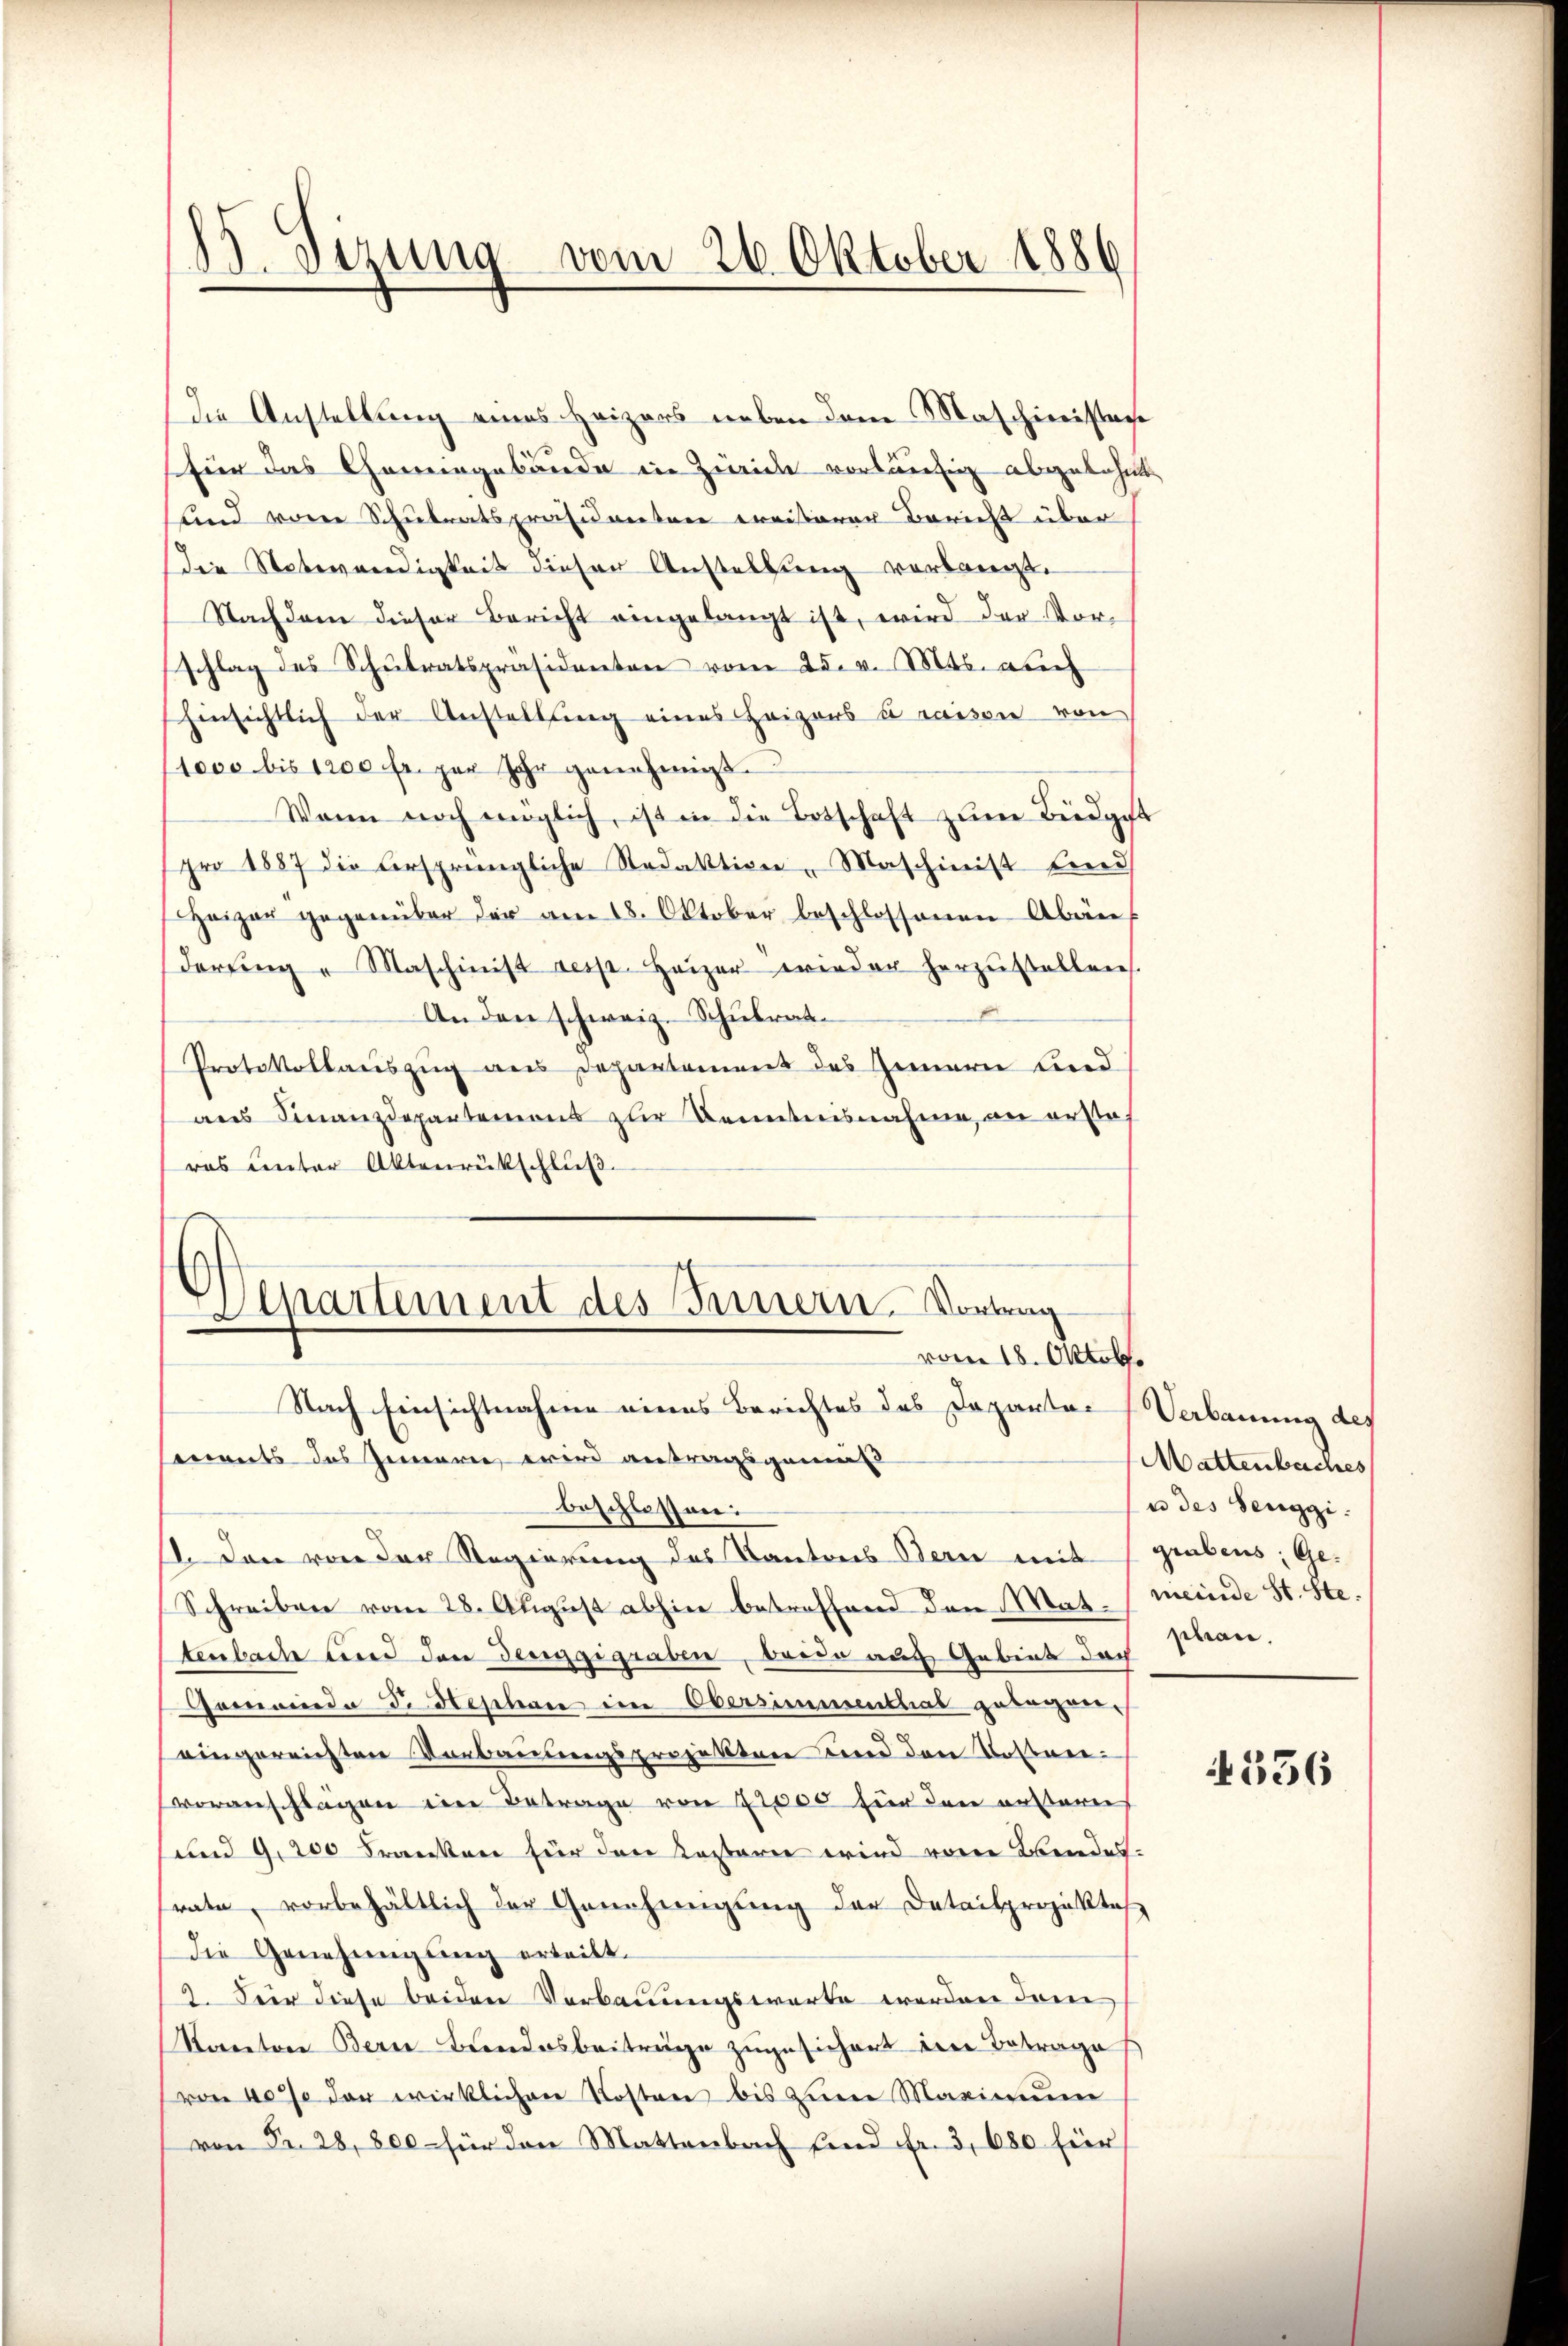
die Anstellung eines Heizers neben dem Maschinisten
für das Chemingebäude in Zürich vorläufig abgelehnt
sund von Schulratspräsidenten ernisterer Bericht über
die Notwendigkeit dieser Anstellung verlangt.
Nachdem dieser Bericht eingelangt ist, wird der Vorschlag des Schulratspräsidenten vom 25. v. Mts. auch
hinsichtlich der Anstellung eines Heizers à raison von
1000 bis 1200 fr. per Jahr genehmigt.
Wann noch möglich, ist in die Botschaft zŭm Büdget
pro 1887 die versprüngliche Redaktion, Maschinist Eind
Heizer gegenüber der am 18. Oktober beschlossenen Abän
derŭng " Maschinist resp. Heizer wieder herzŭstellen.
Anden schweiz. Schulrat
Protokollauszug aus Departement des Innern lind
ans Finanzdepartemons zur Kenntnisnahme, an erste
ras unter Aktenrückschluß.

.
Sezung vom 26. Oktober 1886

Departement des Innern, Vorlag
vom 18. Oktob.
Nach Einsichtnahme eines Berichtes des Departen Verbauung des

d

Coments des Innern wird antragsgemäß
beschlossen:
1. Den von der Regierung des Kantons Bern mit grabens; Ge-
Schreiben vom 28. August abhin betreffend den Mastenbach und den Teiggigraben, beide auch Gebiet doch
Gemeinde d. Hephan im Obersimmentlas gelegen-
eingereichten Vorbauungsprojekten und den Boswievoranschlägen im Betrage von 22000 für den ersterer
und 9, 200 Franken für den Kosterie wird von Abendes-
rate, vorbehältlich der Genehmigung der Detailprojektes
die Genehmigung erteilt.
2. Für diese beiden Verbauungswarte werden dem
Kanton Bern Bandesbeiträge zugesichert ein Betrage
von 40% der wirklichen Kosten bis zum Maximum
von Fr. 28, 800 - für den Mattenbach sind fr. 3, 680 für

Mattenbaches
u des Henggi.
meinde St. Ste
phan.

4556